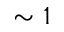
\sim 1